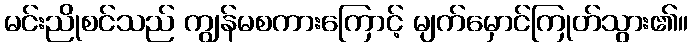
မင်းညိုစင်သည် ကျွန်မစကားကြောင့် မျက်မှောင်ကြုတ်သွား၏။